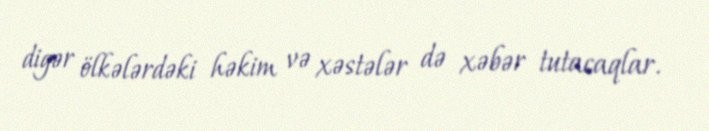
digər ölkələrdəki həkim və xəstələr də xəbər tutacaqlar.